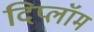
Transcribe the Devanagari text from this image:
दिप्लॉम